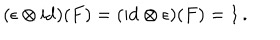
( \epsilon \otimes \mathrm { i d } ) ( F ) = ( \mathrm { i d } \otimes \epsilon ) ( F ) = 1 \, .